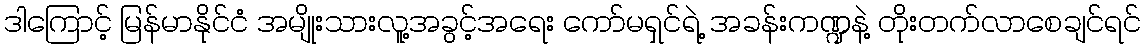
ဒါကြောင့် မြန်မာနိုင်ငံ အမျိုးသားလူ့အခွင့်အရေး ကော်မရှင်ရဲ့ အခန်းကဏ္ဍနဲ့ တိုးတက်လာစေချင်ရင်